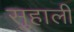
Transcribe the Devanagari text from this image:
सुहाली